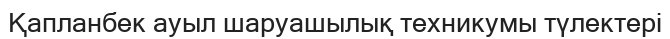
Қапланбек ауыл шаруашылық техникумы түлектері